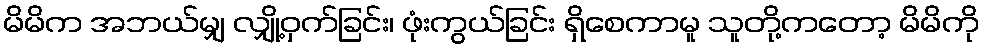
မိမိက အဘယ်မျှ လျှို့ဝှက်ခြင်း၊ ဖုံးကွယ်ခြင်း ရှိစေကာမူ သူတို့ကတော့ မိမိကို